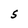
Character: S